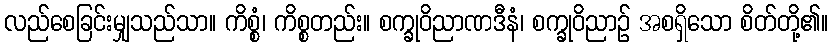
လည်စေခြင်းမျှသည်သာ။ ကိစ္စံ၊ ကိစ္စတည်း။ စက္ခုဝိညာဏဒီနံ၊ စက္ခုဝိညာဉ် အစရှိသော စိတ်တို့၏။